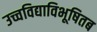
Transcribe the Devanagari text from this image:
उच्चविद्याविभूषितब